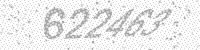
Solution: 622463